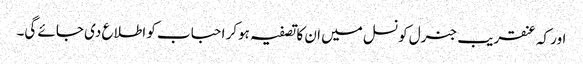
اور کہ عنقریب جنرل کونسل میں ان کا تصفیہ ہوکر احباب کو اطلاع دی جائے گی۔